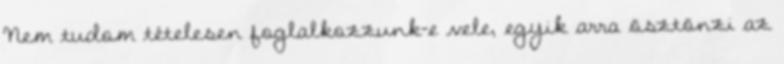
Nem tudom tételesen foglalkozzunk-e vele, egyik arra ösztönzi az